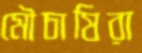
মৌচাষিরা